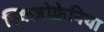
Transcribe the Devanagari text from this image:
स्किज़ोफ़्रेनिया